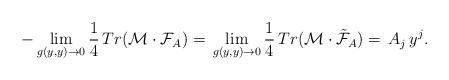
LaTeX: \begin{align*}-\lim_{g(y,y)\to 0}\frac{1}{4}\,Tr(\mathcal{M}\cdot \mathcal{F}_A)=\,\lim_{g(y,y)\to 0}\frac{1}{4}\,Tr(\mathcal{M}\cdot \tilde{\mathcal{F}}_A)=\,A_j\,y^j.\end{align*}